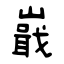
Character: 嶯